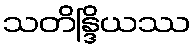
သတိန္ဒြိယဿ